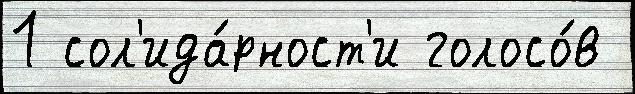
1 сол'ида́рност'и голосо́в